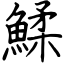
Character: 鰇